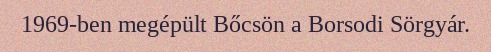
1969-ben megépült Bőcsön a Borsodi Sörgyár.